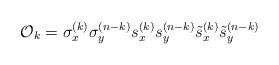
LaTeX: \begin{align*}{\cal O}_k=\sigma_x^{(k)}\sigma_y^{(n-k)}s_x^{(k)}s_y^{(n-k)}\tilde s_x^{(k)}\tilde s_y^{(n-k)}\end{align*}